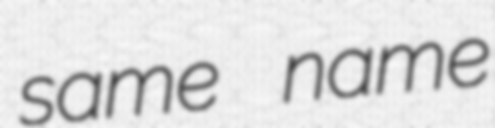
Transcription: same name